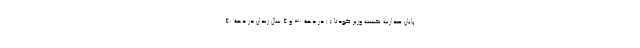
پایان صدارت نخست وزیر کودتا ( ) در دهۀ 30 و 4 سال زندان در دهۀ 40